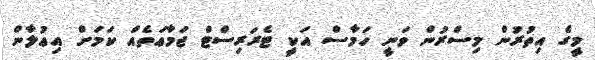
މީގެ އިތުރުން މިސްރުން ވަނީ ހަމާސް އަކީ ޓެރަރިސްޓް ޖަމާޢަތެއް ކަމަށް އިޢުލާން